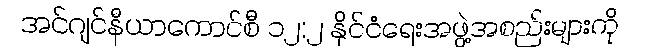
အင်ဂျင်နီယာကောင်စီ ၁၂:၂ နိုင်ငံရေးအဖွဲ့အစည်းများကို